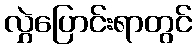
လွှဲပြောင်းရာတွင်